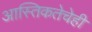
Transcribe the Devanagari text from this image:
आस्तिकतेचेही